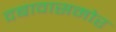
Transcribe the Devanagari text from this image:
दबावासमोर